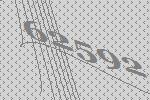
62592